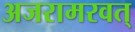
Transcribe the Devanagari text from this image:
अजरामरवत्